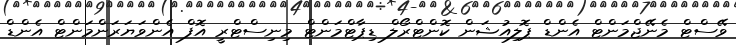
ވޭސްޓް މެނޭޖްމަންޓް އެންޑް ޕޮލިއުޝަން ކޮންޓްރޯލް ޑިޕާޓްމަންޓް މިނިސްޓްރީ އޮފް އެންވަޔަރަންމަންޓް އެންޑް